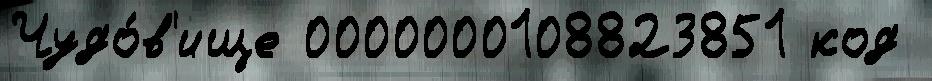
Чудо́в'ище 0000000108823851 код